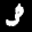
Label: 3